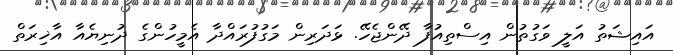
އައިޝަތު އަލީ ވަގުތުން އިސްތިއުފާ ދޭންޖެހޭ. ޅަދަރިން މަގުފުރައްދާ އެމީހުންގެ ދުނިޔެއާ އާޚިރަތް